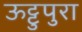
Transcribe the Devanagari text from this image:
ऊट्टुपुरा